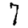
Digit: 7